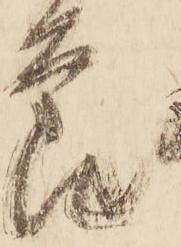
節